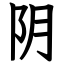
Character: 阴